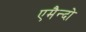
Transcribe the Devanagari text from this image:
एमैन्दो